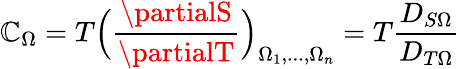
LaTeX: \mathbb{C}_{\Omega}=T\Big(\frac{{\partialS}}{{\partialT}}\Big)_{\Omega_{1},...,\Omega_{n}}=T\frac{{D_{S\Omega}}}{{D_{T\Omega}}}